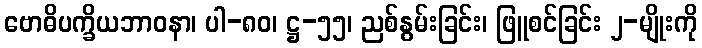
ဗောဓိပက္ခိယဘာဝနာ၊ ပါ-၈၀၊ ဋ္ဌ-၅၅၊ ညစ်နွမ်းခြင်း၊ ဖြူစင်ခြင်း ၂-မျိုးကို